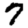
Digit: 7